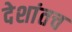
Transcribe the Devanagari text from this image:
देशांतच